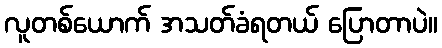
လူတစ်ယောက် အသတ်ခံရတယ် ပြောတာပဲ။